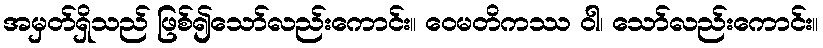
အမှတ်ရှိသည် ဖြစ်၍သော်လည်းကောင်း။ ဝေမတိကဿ ဝါ၊ သော်လည်းကောင်း။